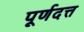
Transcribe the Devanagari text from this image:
पूर्णदत्त